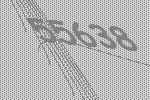
55638